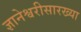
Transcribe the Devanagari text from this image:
ज्ञानेश्वरीसारख्या